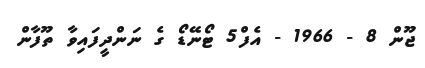
ޖޫން 8 - 1966 - އެފް5 ޓޯނޭޑޯ ގެ ނަންދީފައިވާ ތޫފާން